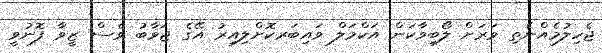
ޖެހިލުމެއްނެތި ވަރަށް ލޯބިވާކަން އަކްމަލް ވައިބަރކޮށްލިއިރު އޭގެ ޖަވާބު ވެސް ޒީވާ ފޮނުވީ